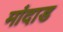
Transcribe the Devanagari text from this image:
मांदाड